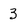
Character: 3